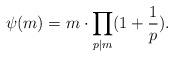
LaTeX: \begin{align*} \psi(m)=m\cdot\prod_{p|m}(1+\frac{1}{p}). \end{align*}